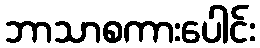
ဘာသာစကားပေါင်း